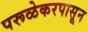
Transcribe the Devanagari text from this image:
परूळेकरपासून